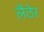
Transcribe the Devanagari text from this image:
लैठेर